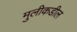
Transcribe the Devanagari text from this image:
मुलीकडील